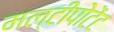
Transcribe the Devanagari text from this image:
मल्टीपोटेंट